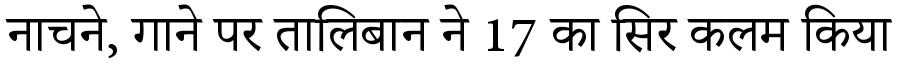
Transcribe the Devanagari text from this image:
नाचने, गाने पर तालिबान ने 17 का सिर कलम किया